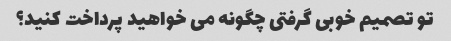
تو تصمیم خوبی گرفتی چگونه می خواهید پرداخت کنید؟